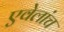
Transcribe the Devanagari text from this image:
एवेलांच